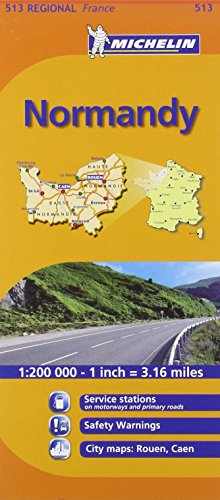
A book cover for Michelin Map France: Normandy 513 (Maps/Regional (Michelin)); Michelin; Travel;